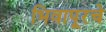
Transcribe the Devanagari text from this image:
भिवापूरचे